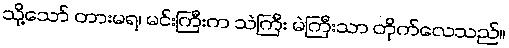
သို့သော် တားမရ၊ မင်းကြီးက သဲကြီး မဲကြီးသာ တိုက်လေသည်။